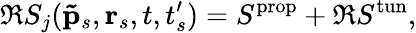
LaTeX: \Re S_{j}(\mathbf{\tilde{p}}_{s},\textbf{r}_{s},t,t_{s}^{\prime})=S^{\mathrm{prop}}+\Re S^{\mathrm{tun}},